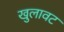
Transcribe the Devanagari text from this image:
खुलावट